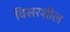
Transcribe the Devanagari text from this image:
विसरशील